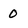
Character: O